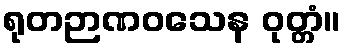
ရုတဉာဏဝသေန ဝုတ္တံ။